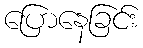
ပြောနေခြင်း